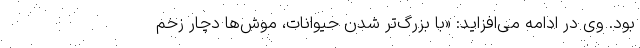
بود. وی در ادامه می‌افزاید: «با بزرگ‌تر شدن حیوانات، موش‌ها دچار زخم